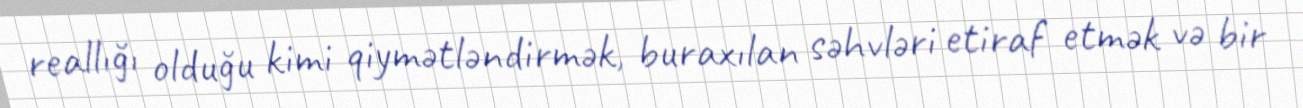
reallığı olduğu kimi qiymətləndirmək, buraxılan səhvləri etiraf etmək və bir